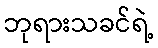
ဘုရားသခင်ရဲ့